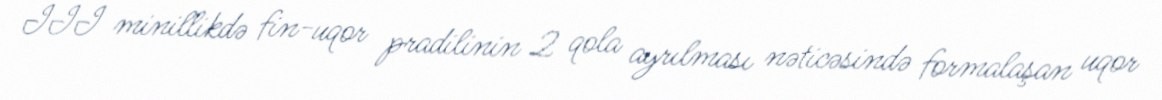
III minillikdə fin-uqor pradilinin 2 qola ayrılması nəticəsində formalaşan uqor